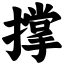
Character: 撑